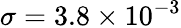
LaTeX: \sigma=\mathrm{{}}3.8\times{10^{-3}}